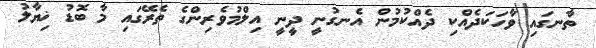
ތާނގައި ވާހަކަދެއްކި ދެއްކުމުން އެނގުނީ ދީނީ އިލްމުވެރިންގެ ތެރޭގައި މާ ބޮޑު ޚިޔާލު